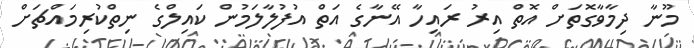
މޫނާ ދިމާވާގޮތަށް އޮތް އިރު ރައިހާ އޭނާގެ އަތް އުފުލާލަމުން ކައިލްގެ ނިތްކުރިމައްޗަށް